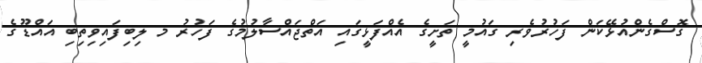
ގޮސްގެންއުޅޭކަން ފަހުރުވެރި ގައުމީ ތަށީގެ އެއްފަޅީގައި އަތްޖައްސާލުމުގެ ފަހުރު މ ލިބިފައިވިތިބި އައްޑޫގެ